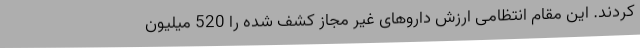
کردند. این مقام انتظامی ارزش داروهای غیر مجاز کشف شده را 520 میلیون